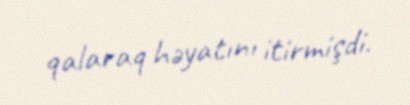
qalaraq həyatını itirmişdi.